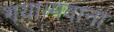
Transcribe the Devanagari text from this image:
गया।मवाना